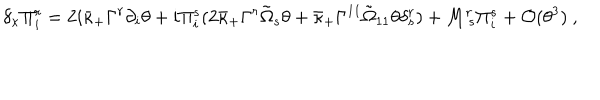
LaTeX: \delta _ { \kappa } \Pi _ { i } ^ { r } = 2 i \bar { \kappa } _ { + } \Gamma ^ { r } \partial _ { i } \theta + i \Pi _ { i } ^ { s } ( 2 \bar { \kappa } _ { + } \Gamma ^ { r } \tilde { \Omega } _ { s } \theta + \bar { \kappa } _ { + } \Gamma ^ { 1 1 } \tilde { \Omega } _ { 1 1 } \theta \delta _ { s } ^ { r } ) + M _ { ~ s } ^ { r } \Pi _ { i } ^ { s } + { \cal O } ( \theta ^ { 3 } ) ~ ,